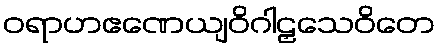
ဝရာဟဧဏေယျဝိဂါဠှသေဝိတေ